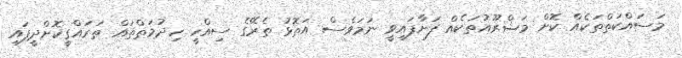
މަސައްކަތްތަކެއް ކޮށް މަޝްރޫއުތަކެއް ފަށާފައިވީ ނަމަވެސް އަތޮޅު ތެރޭގެ ސިއްހީ ހިދުމަތްތައް ތަރައްގީކޮށްދީފައި